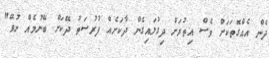
ދެން އެއްގޮތަކަށް ވެސް އިތުރަށް ދިގުލައިގެން ދާކަށެއް ފުރުސަތު ދޭކަށް ބޭނުމެއް ނުވޭ"